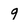
Character: 9